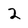
Character: 2